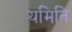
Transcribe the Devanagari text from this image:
यमिनि